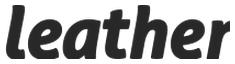
leather